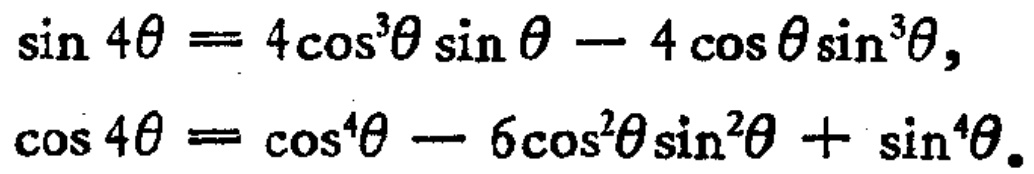
\(\sin 4\theta = 4\cos^{3}\theta\sin\theta - 4\cos\theta\sin^{3}\theta,\)

\(\cos 4\theta = \cos^{4}\theta - 6\cos^{2}\theta\sin^{2}\theta + \sin^{4}\theta.\)